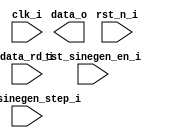
/*
 * IIC_SINEGEN -- Simple Sine Generator based on a harcoded 16b LUT
 *
 * (c) 2021-2022 Harald Pretl and Jakob Ratschenberger (harald.pretl@jku.at)
 * Johannes Kepler University Linz, Institute for Integrated Circuits
 *
 * Ports:
 *		data_o				... output data of sine generator (BW)
 *		data_rd_i			... advances the generator to the next output value,
 *								controlled by the step size
 *
 *		rst_n_i				... reset (low active)
 *		clk_i				... clock of sine generator (pos. edge)
 *
 *		tst_sinegen_en_i	... enables the sine generator; when disabled then 0 is
 *								output, and the generator is turned off
 *		tst_sinegen_step_i	... controls the step size per read (1 = use every ROM
 *								value, 2 = use every 2nd ROM entry, etc); the higher the
 *								step value, the faster the output sine
 */

`default_nettype none
`ifndef __IIC_SINEGEN__
`define __IIC_SINEGEN__

module iic_sinegen (
	output wire	signed [15:0]	data_o,
	input						data_rd_i,
	input						rst_n_i,
	input						clk_i,

	input						tst_sinegen_en_i,
	input [3:0]					tst_sinegen_step_i
);
	
	// Your code goes here!

endmodule // iic_sinegen

`endif
`default_nettype wire